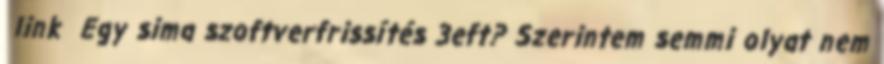
link Egy sima szoftverfrissítés 3eft? Szerintem semmi olyat nem